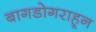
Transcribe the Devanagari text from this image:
बागडोगराहून